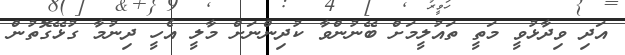
އަދި ވިދާޅުވީ މަތީ ތައުލީމަށް ބޭނުންވާ ކުދިންނަށް މާލީ އެހީ ދިނުމާ ގުޅޭގޮތުން